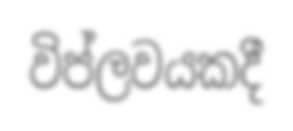
විප්ලවයකදී